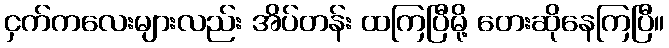
ငှက်ကလေးများလည်း အိပ်တန်း ထကြပြီမို့ တေးဆိုနေကြပြီ။